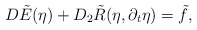
\begin{align*}D\tilde{E}(\eta)+ D_2 \tilde{R}(\eta, \partial_t\eta) = \tilde{f},\end{align*}